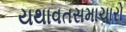
યથાવતસમાચારો